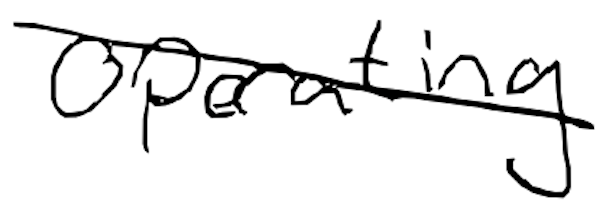
Text: operating
Cross-out: diagonal
Writing tool: digital_black